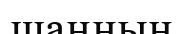
шаңның